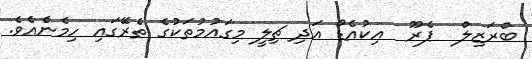
ބްރަޒިލް  ޕެރޫ  އިކުއެޑޯ އަދި ޗިލީ މިގައުމުތަކުގެ ތެރޭގައި ހިމެނެއެވެ.